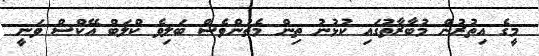
މީގެ އިތުރުން މުބާރާތުގައި ކުޅުނު ތިން މެޗުންވެސް ބަލިވެ ކްލަބް އޭކްސް ވަނީ